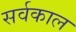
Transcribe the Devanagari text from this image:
सर्वकाल